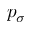
p _ { \sigma }